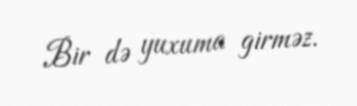
Bir də yuxuma girməz.